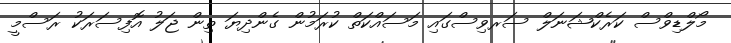
މޯލްޑިވްސް ކަރެކްޝަނަލް ސަރވިސްގައި މަސައްކަތް ކުރަމުން ގެންދިޔަ ތިން ޖަލު އޮފިސަރަކު ރަސްމީ